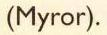
(Myror).